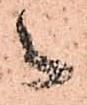
御